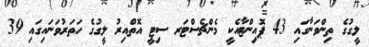
ލީގުގެ ތިންވަނާގައި 43 ޕޮއިންޓާއެކީ މެންޗެސްޓަރ ސިޓީ އޮތްއިރު ލީގުގެ ހަތަރުވަނައިގައި 39